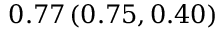
0 . 7 7 \left( 0 . 7 5 , 0 . 4 0 \right)